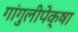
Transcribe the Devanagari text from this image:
गांगुलीपेक्षा